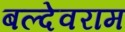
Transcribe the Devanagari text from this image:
बल्देवराम